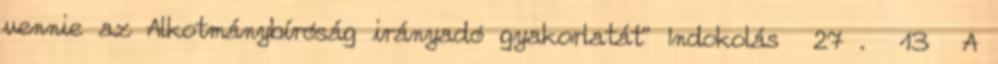
vennie az Alkotmánybíróság irányadó gyakorlatát” Indokolás 27 . 13 A